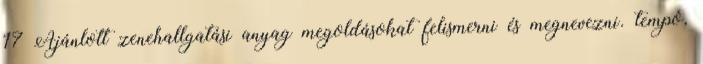
17 Ajánlott zenehallgatási anyag megoldásokat felismerni és megnevezni. tempó,